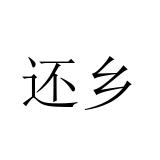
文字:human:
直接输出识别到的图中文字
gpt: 还乡